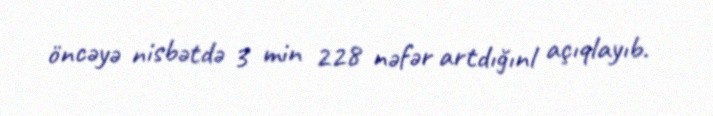
öncəyə nisbətdə 3 min 228 nəfər artdığınl açıqlayıb.